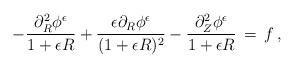
LaTeX: \begin{align*} -\frac{\partial_R^2 \phi^\epsilon}{1+\epsilon R} + \frac{\epsilon \partial_R \phi^\epsilon}{(1+\epsilon R)^2} - \frac{\partial_Z^2 \phi^\epsilon}{1+\epsilon R} \,=\, f\,,\end{align*}